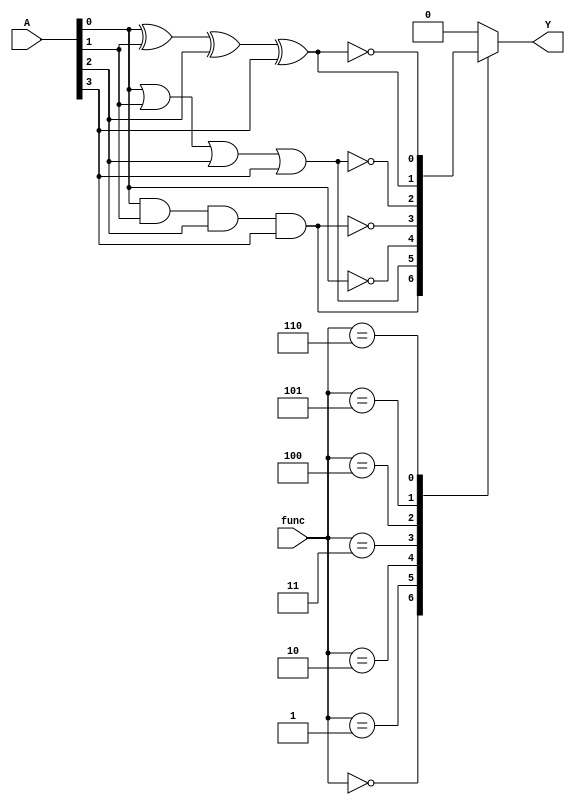
module CLB (
    input wire [3:0] A,      // 4-bit input
    input wire [2:0] func,   // Function select: 3 bits for 8 functions
    output wire Y            // Output
);

// Internal signals for logic operations
wire and_out, or_out, not_out, nand_out, nor_out, xor_out, xnor_out;

// Logic gate implementations
assign and_out = A[0] & A[1] & A[2] & A[3]; // AND
assign or_out  = A[0] | A[1] | A[2] | A[3]; // OR
assign not_out  = ~A[0];                     // NOT (only A[0] for simplicity)
assign nand_out = ~(A[0] & A[1] & A[2] & A[3]); // NAND
assign nor_out  = ~(A[0] | A[1] | A[2] | A[3]); // NOR
assign xor_out  = A[0] ^ A[1] ^ A[2] ^ A[3]; // XOR
assign xnor_out = ~(A[0] ^ A[1] ^ A[2] ^ A[3]); // XNOR

// Output selection based on function input
always @(*) begin
    case (func)
        3'b000: Y = and_out;   // AND
        3'b001: Y = or_out;    // OR
        3'b010: Y = not_out;   // NOT
        3'b011: Y = nand_out;  // NAND
        3'b100: Y = nor_out;   // NOR
        3'b101: Y = xor_out;   // XOR
        3'b110: Y = xnor_out;  // XNOR
        default: Y = 1'b0;     // Default case
    endcase
end

endmodule